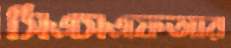
সিএসএফআর